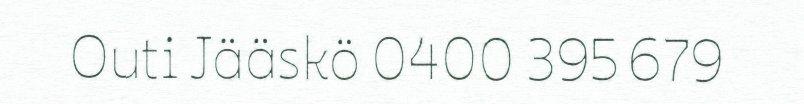
Outi Jääskö 0400 395 679